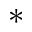
^ *